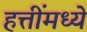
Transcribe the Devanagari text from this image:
हत्तींमध्ये